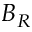
B _ { R }